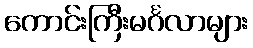
ကောင်းကြီးမင်္ဂလာများ